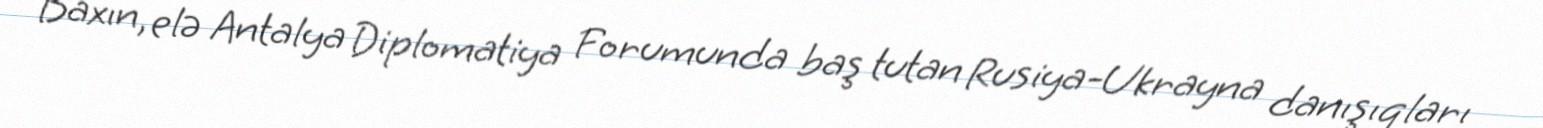
Baxın, elə Antalya Diplomatiya Forumunda baş tutan Rusiya-Ukrayna danışıqları